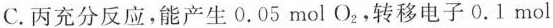
C.丙充分反应，能产生0.05mol O_{2}，转移电子0.1mol